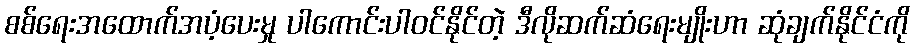
စစ်ရေးအထောက်အပံ့ပေးမှု ပါကောင်းပါဝင်နိုင်တဲ့ ဒီလိုဆက်ဆံရေးမျိုးဟာ ဆုံချက်နိုင်ငံကို